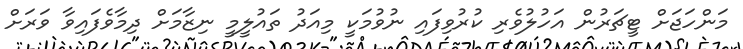
މަންހަޖަށް ޓީޗަރުން އަހުލުވެރި ކުރުވިފައި ނުވުމަކީ މިއަދު ތައުލީމީ ނިޒާމަށް ދިމާވެފައިވާ ވަރަށް